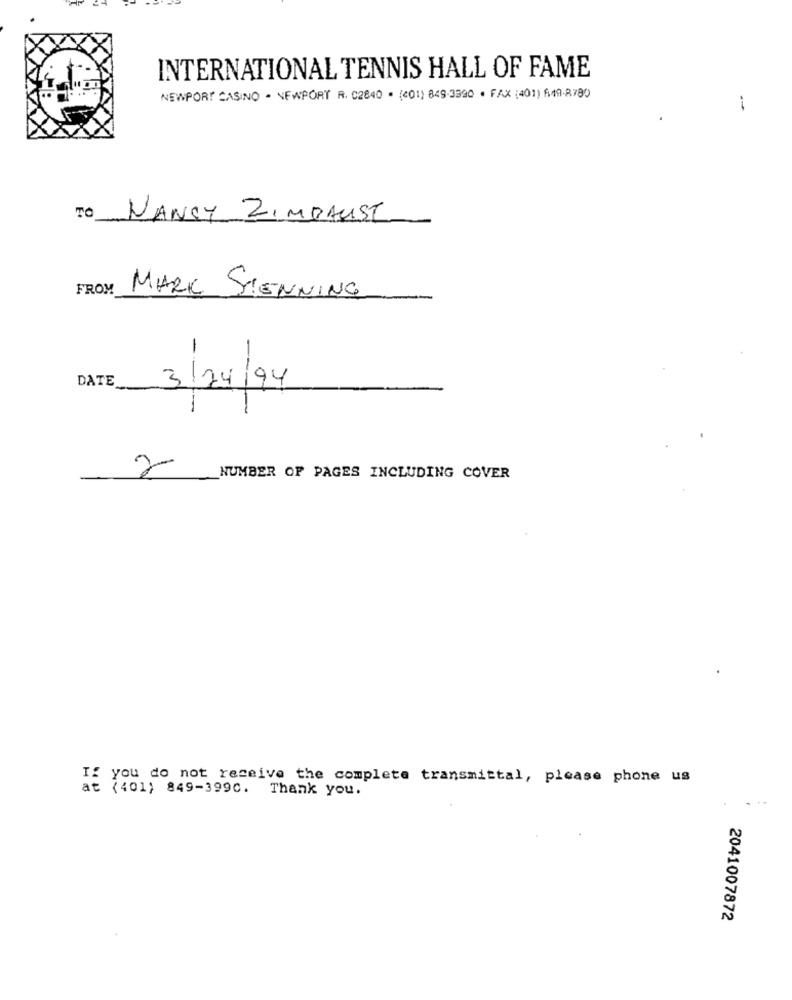
INTERNATIONAL TENNIS HALL OF FAME
NEWPORT CASINO - NEWPORT R. C2840 · (01) 849-3990 · FAX (401) 6:19-8780
-
TO NANCY ZIMBAUST
FROM
MARK SPENNING
-
DATE
3/24/94
2
NUMBER OF PAGES INCLUDING COVER
If you do not receive the complete transmittal, please phone us
at (401) 849-3990. Thank you.
2041007872